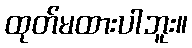
ထုတ်မထားပါဘူး။